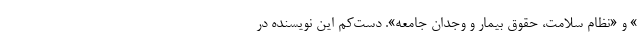
» و «‌نظام سلامت، حقوق بیمار و وجدان جامعه». دست‌کم این نویسنده در